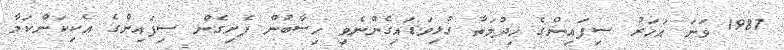
1987 ވަނަ އަހަރު ސިފައިންގެ ޚިދުމަތާ ގުޅިވަޑައިގެންނެވި ހިސާބުން ފެށިގެން ސިފައިންގެ އެކިކަންކަމާ